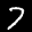
Label: 7